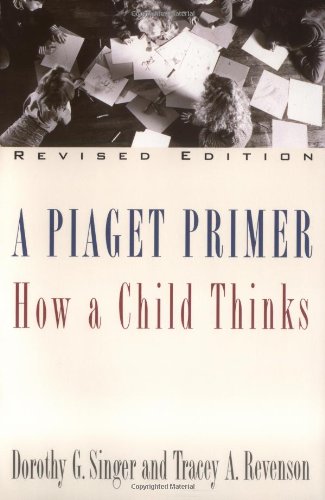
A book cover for A Piaget Primer: How a Child Thinks; Revised Edition; Dorothy G. Singer; Medical Books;